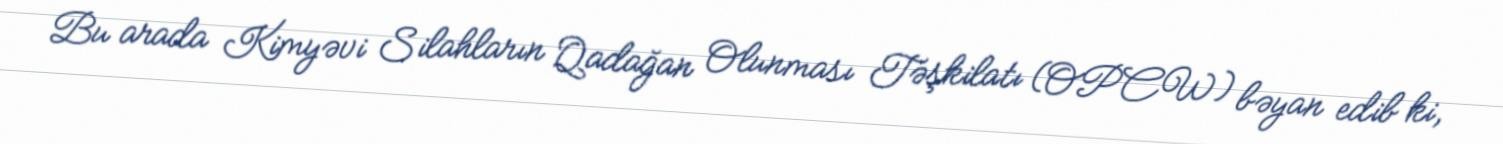
Bu arada Kimyəvi Silahların Qadağan Olunması Təşkilatı (OPCW) bəyan edib ki,